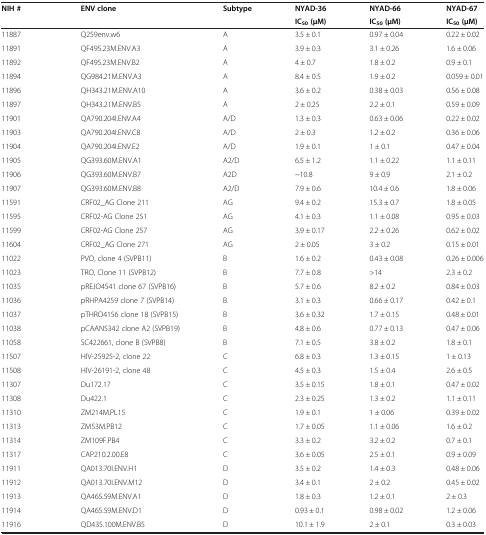
<table><thead><tr><td rowspan="2"><b>NIH #</b></td><td rowspan="2"><b>ENV clone</b></td><td rowspan="2"><b>Subtype</b></td><td><b>NYAD-36</b></td><td><b>NYAD-66</b></td><td><b>NYAD-67</b></td></tr><tr><td><b>IC<sub>50 </sub>(μM)</b></td><td><b>IC<sub>50 </sub>(μM)</b></td><td><b>IC<sub>50 </sub>(μM)</b></td></tr></thead><tbody><tr><td>11887</td><td>Q259env.w6</td><td>A</td><td>3.5 ± 0.1</td><td>0.97 ± 0.04</td><td>0.22 ± 0.02</td></tr><tr><td>11891</td><td>QF495.23M.ENV.A3</td><td>A</td><td>3.9 ± 0.3</td><td>3.1 ± 0.26</td><td>1.6 ± 0.06</td></tr><tr><td>11892</td><td>QF495.23M.ENV.B2</td><td>A</td><td>4 ± 0.7</td><td>1.8 ± 0.2</td><td>0.9 ± 0.1</td></tr><tr><td>11894</td><td>QG984.21M.ENV.A3</td><td>A</td><td>8.4 ± 0.5</td><td>1.9 ± 0.2</td><td>0.059 ± 0.01</td></tr><tr><td>11896</td><td>QH343.21M.ENV.A10</td><td>A</td><td>3.6 ± 0.2</td><td>0.38 ± 0.03</td><td>0.56 ± 0.08</td></tr><tr><td>11897</td><td>QH343.21M.ENV.B5</td><td>A</td><td>2 ± 0.25</td><td>2.2 ± 0.1</td><td>0.59 ± 0.09</td></tr><tr><td>11901</td><td>QA790.204I.ENV.A4</td><td>A/D</td><td>1.3 ± 0.3</td><td>0.63 ± 0.06</td><td>0.22 ± 0.02</td></tr><tr><td>11903</td><td>QA790.204I.ENV.C8</td><td>A/D</td><td>2 ± 0.3</td><td>1.2 ± 0.2</td><td>0.36 ± 0.06</td></tr><tr><td>11904</td><td>QA790.204I.ENV.E2</td><td>A/D</td><td>1.9 ± 0.1</td><td>1 ± 0.1</td><td>0.47 ± 0.04</td></tr><tr><td>11905</td><td>QG393.60M.ENV.A1</td><td>A2/D</td><td>6.5 ± 1.2</td><td>1.1 ± 0.22</td><td>1.1 ± 0.11</td></tr><tr><td>11906</td><td>QG393.60M.ENV.B7</td><td>A2D</td><td>~10.8</td><td>9 ± 0.9</td><td>2.1 ± 0.2</td></tr><tr><td>11907</td><td>QG393.60M.ENV.B8</td><td>A2/D</td><td>7.9 ± 0.6</td><td>10.4 ± 0.6</td><td>1.8 ± 0.06</td></tr><tr><td>11591</td><td>CRF02_AG Clone 211</td><td>AG</td><td>9.4 ± 0.2</td><td>15.3 ± 0.7</td><td>1.8 ± 0.05</td></tr><tr><td>11595</td><td>CRF02-AG Clone 251</td><td>AG</td><td>4.1 ± 0.3</td><td>1.1 ± 0.08</td><td>0.95 ± 0.03</td></tr><tr><td>11599</td><td>CRF02-AG Clone 257</td><td>AG</td><td>3.9 ± 0.17</td><td>2.2 ± 0.26</td><td>0.62 ± 0.02</td></tr><tr><td>11604</td><td>CRF02_AG Clone 271</td><td>AG</td><td>2 ± 0.05</td><td>3 ± 0.2</td><td>0.15 ± 0.01</td></tr><tr><td>11022</td><td>PVO, clone 4 (SVPB11)</td><td>B</td><td>1.6 ± 0.2</td><td>0.43 ± 0.08</td><td>0.26 ± 0.006</td></tr><tr><td>11023</td><td>TRO, Clone 11 (SVPB12)</td><td>B</td><td>7.7 ± 0.8</td><td>&gt;14</td><td>2.3 ± 0.2</td></tr><tr><td>11035</td><td>pREJO4541 clone 67 (SVPB16)</td><td>B</td><td>5.7 ± 0.6</td><td>8.2 ± 0.2</td><td>0.84 ± 0.03</td></tr><tr><td>11036</td><td>pRHPA4259 clone 7 (SVPB14)</td><td>B</td><td>3.1 ± 0.3</td><td>0.66 ± 0.17</td><td>0.42 ± 0.1</td></tr><tr><td>11037</td><td>pTHRO4156 clone 18 (SVPB15)</td><td>B</td><td>3.6 ± 0.32</td><td>1.7 ± 0.15</td><td>0.48 ± 0.01</td></tr><tr><td>11038</td><td>pCAAN5342 clone A2 (SVPB19)</td><td>B</td><td>4.8 ± 0.6</td><td>0.77 ± 0.13</td><td>0.47 ± 0.06</td></tr><tr><td>11058</td><td>SC422661, clone B (SVPB8)</td><td>B</td><td>7.1 ± 0.5</td><td>3.8 ± 0.2</td><td>1.8 ± 0.1</td></tr><tr><td>11507</td><td>HIV-25925-2, clone 22</td><td>C</td><td>6.8 ± 0.3</td><td>1.3 ± 0.15</td><td>1 ± 0.13</td></tr><tr><td>11508</td><td>HIV-26191-2, clone 48</td><td>C</td><td>4.5 ± 0.3</td><td>1.5 ± 0.4</td><td>2.6 ± 0.5</td></tr><tr><td>11307</td><td>Du172.17</td><td>C</td><td>3.5 ± 0.15</td><td>1.8 ± 0.1</td><td>0.47 ± 0.02</td></tr><tr><td>11308</td><td>Du422.1</td><td>C</td><td>2.3 ± 0.25</td><td>1.3 ± 0.2</td><td>1.1 ± 0.11</td></tr><tr><td>11310</td><td>ZM214M.PL15</td><td>C</td><td>1.9 ± 0.1</td><td>1 ± 0.06</td><td>0.39 ± 0.02</td></tr><tr><td>11313</td><td>ZM53M.PB12</td><td>C</td><td>1.7 ± 0.05</td><td>1.1 ± 0.06</td><td>1.6 ± 0.2</td></tr><tr><td>11314</td><td>ZM109F.PB4</td><td>C</td><td>3.3 ± 0.2</td><td>3.2 ± 0.2</td><td>0.7 ± 0.1</td></tr><tr><td>11317</td><td>CAP210.2.00.E8</td><td>C</td><td>3.6 ± 0.05</td><td>2.5 ± 0.1</td><td>0.9 ± 0.09</td></tr><tr><td>11911</td><td>QA013.70I.ENV.H1</td><td>D</td><td>3.5 ± 0.2</td><td>1.4 ± 0.3</td><td>0.48 ± 0.06</td></tr><tr><td>11912</td><td>QA013.70I.ENV.M12</td><td>D</td><td>3.4 ± 0.1</td><td>2 ± 0.2</td><td>0.45 ± 0.02</td></tr><tr><td>11913</td><td>QA465.59M.ENV.A1</td><td>D</td><td>1.8 ± 0.3</td><td>1.2 ± 0.1</td><td>2 ± 0.3</td></tr><tr><td>11914</td><td>QA465.59M.ENV.D1</td><td>D</td><td>0.93 ± 0.1</td><td>0.98 ± 0.02</td><td>1.2 ± 0.06</td></tr><tr><td>11916</td><td>QD435.100M.ENV.B5</td><td>D</td><td>10.1 ± 1.9</td><td>2 ± 0.1</td><td>0.3 ± 0.03</td></tr></tbody></table>